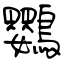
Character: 鸚